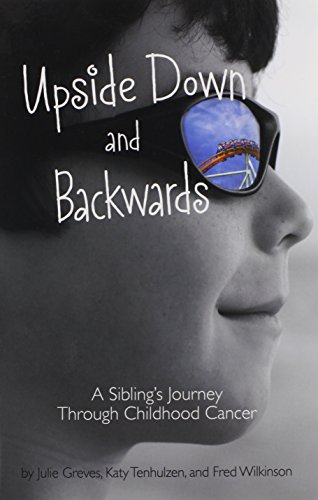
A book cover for Upside Down and Backwards: A Sibling's Journey Through Childhood Cancer; Julie Greves; Health, Fitness & Dieting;